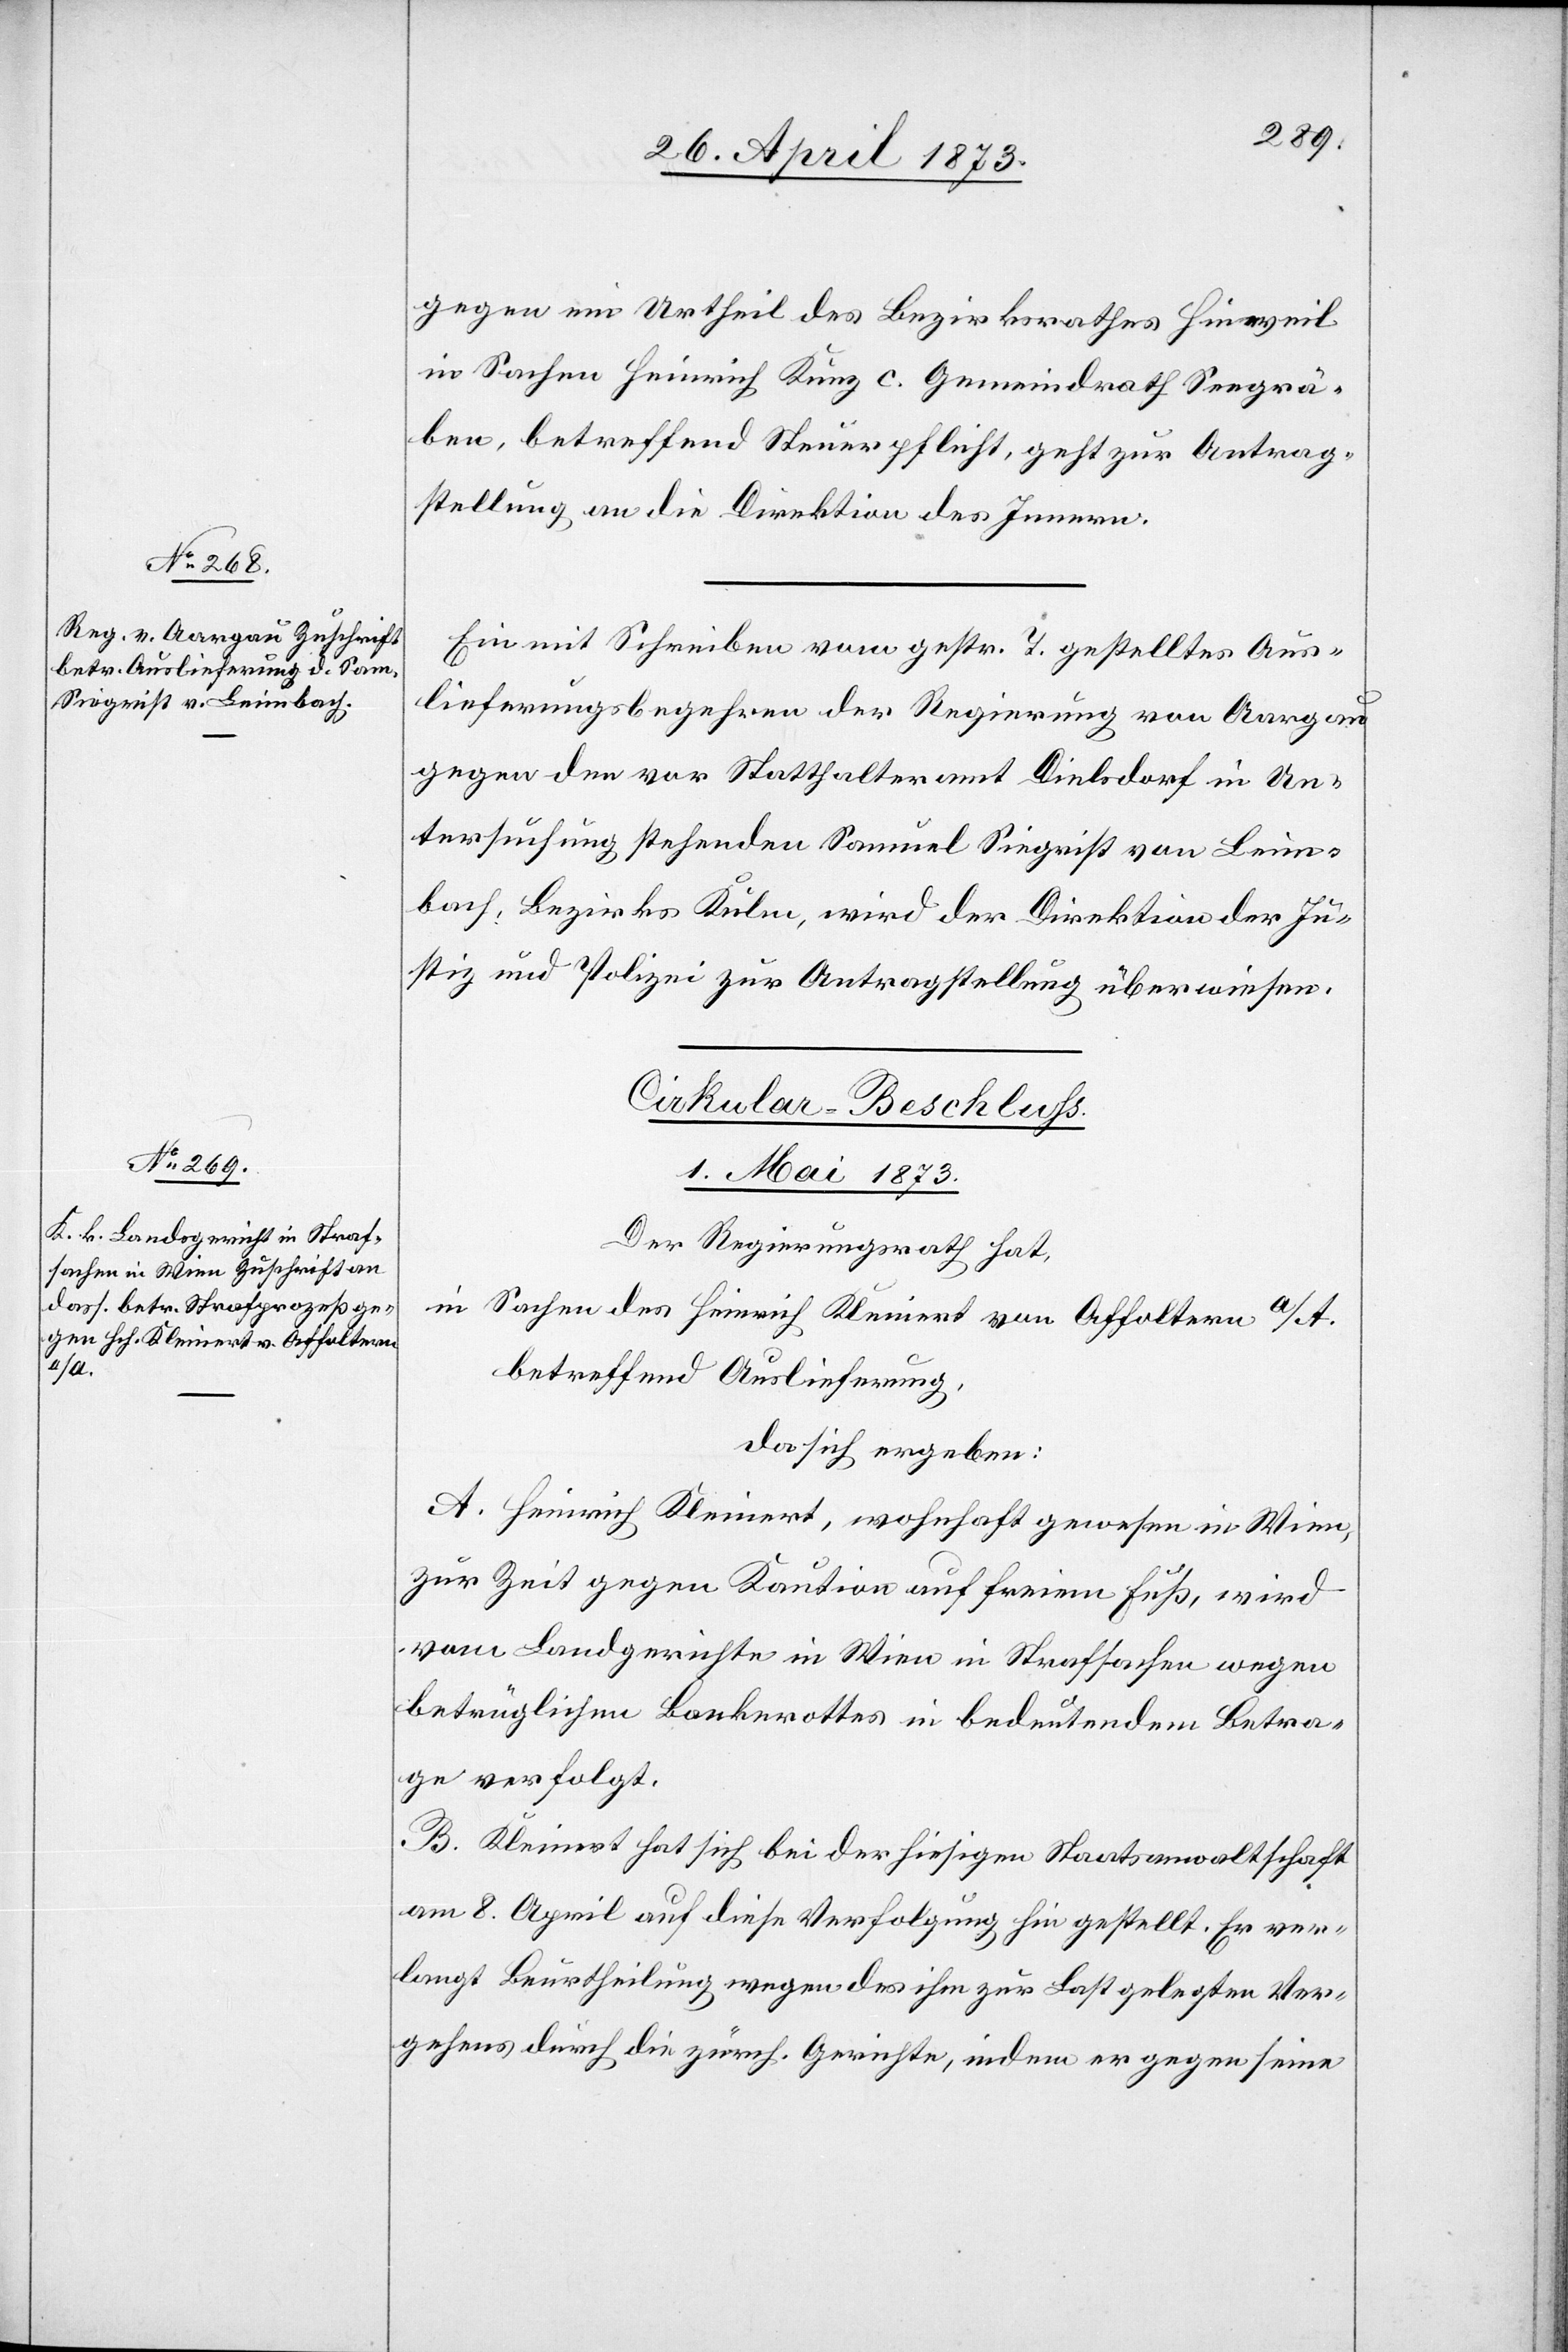
gegen ein Urtheil des Bezirksrathes Hinweil
in Sachen Heinrich Kunz c. Gemeindrath Seegrä¬
ben, betreffend Steuerpflicht, geht zur Antrag¬
stellung an die Direktion des Innern.
Ein mit Schreiben vom gestr. T. gestelltes Aus¬
lieferungsbegehren der Regierung von Aargau
gegen den vor Statthalteramt Dielsdorf in Un¬
tersuchung stehenden Samuel Siegrist von Leim¬
bach, Bezirks Kulm, wird der Direktion der Ju¬
stiz und Polizei zur Antragstellung überwiesen.
Cirkular-Beschluss.
1. Mai 1873
Der Regierungsrath hat,
in Sachen des Heinrich Kleiner von Affoltern a/A.
betreffend Auslieferung,
da sich ergeben:
A. Heinrich Kleinert, wohnhaft gewesen in Wien,
zur Zeit gegen Kaution auf freiem Fuß, wird
vom Landgerichte in Wien in Strafsachen wegen
betrüglichem Bankerottes in bedeutendem Betra¬
ge verfolgt.
B. Kleinert hat sich bei der hiesigen Staatsanwaltschaft
am 8. April auf diese Verfolgung hin gestellt. Er ver¬
langt Beurtheilung wegen des ihm zur Last gelegten Ver¬
gehens durch die zürch. Gerichte, indem er gegen seine